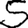
Digit: 5